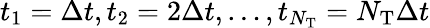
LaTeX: t_{1}=\Delta t,t_{2}=2\Delta t,\ldots,t_{N_{\mathrm{T}}}=N_{\mathrm{T}}\Delta t